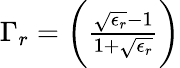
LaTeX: \begin{array}{r}{\Gamma_{r}=\bigg(\frac{\sqrt{\epsilon_{r}}-1}{1+\sqrt{\epsilon_{r}}}\bigg)}\end{array}